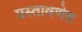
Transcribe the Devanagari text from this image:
प्रस्तावणेत